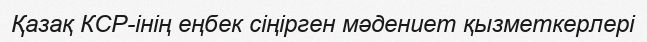
Қазақ КСР-інің еңбек сіңірген мәдениет қызметкерлері